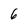
Character: 6